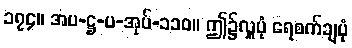
၁၇၄။ အပ-ဋ္ဌ-ပ-အုပ်-၁၁၀။ ဤ၌လှူပုံ ရေစက်ချပုံ